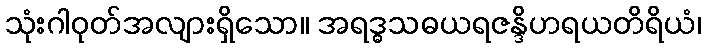
သုံးဂါဝုတ်အလျားရှိသော။ အရဒ္ဓသဓယရဇန္ဒိဟရယတိရိယံ၊